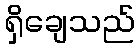
ရှိချေသည်